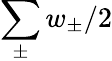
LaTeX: \sum_{\pm}w_{\pm}/2